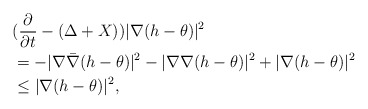
\begin{align*}&(\frac{\partial}{\partial t}-(\Delta+X))|\nabla(h-\theta)|^2\\&=-|\nabla \bar{\nabla}(h-\theta)|^2-|\nabla\nabla(h-\theta)|^2+|\nabla(h-\theta)|^2\\&\le |\nabla(h-\theta)|^2,\end{align*}